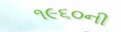
૧૯૬૦ની